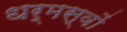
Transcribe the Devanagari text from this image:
धर्मस्वों